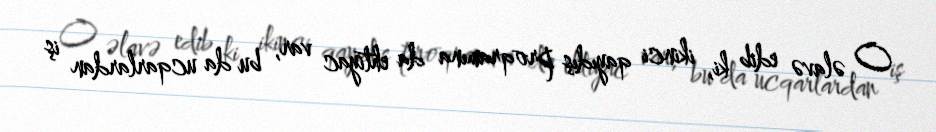
O əlavə edib ki, ikinci qayıdış proqramına da ehtiyac var, bu da ucqarlardan iş